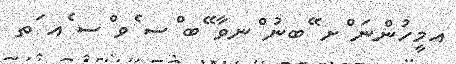
އމީހުންނަ ްށ ޭބނު ްނވާ ޭބ ްސ ެވ ްސ ެއ ަތ